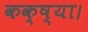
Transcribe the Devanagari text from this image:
कक्ष्या।